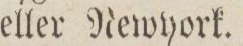
eller Newyork.